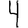
Digit: 4